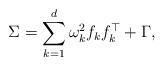
\begin{align*}\Sigma =\sum_{k =1}^d \omega_k^2 f_kf_k^{\top} + \Gamma,\end{align*}